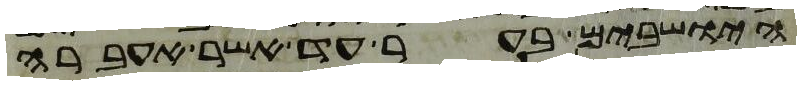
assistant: הישבים בער עד אשר אעברה